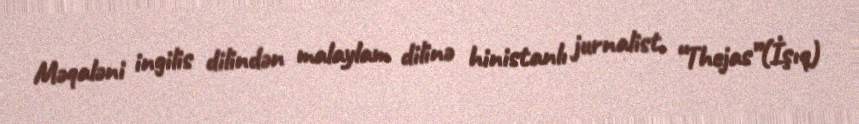
Məqaləni ingilis dilindən malaylam dilinə hinistanlı jurnalist, “Thejas”(İşıq)